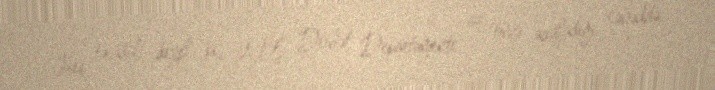
Heç təsadüfi deyil ki, ABŞ Dövlət Departamenti az öncə açıqladığı sənəddə